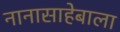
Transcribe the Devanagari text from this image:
नानासाहेबाला